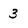
Character: 3